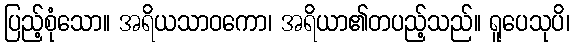
ပြည့်စုံသော။ အရိယသာဝကော၊ အရိယာ၏တပည့်သည်။ ရူပေသုပိ၊